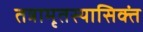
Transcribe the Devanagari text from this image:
तत्रामृतस्यासिक्तं